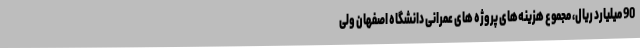
90 میلیارد ریال، مجموع هزینه‌های پروژه های عمرانی دانشگاه اصفهان ولی